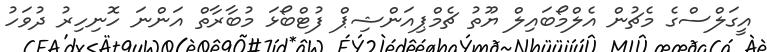
އީގަލްސްގެ މެޗުން އެލްމޯބައިލް ޔޫތު ޗެމްޕިއަންޝިޕް ފުޓްބޯޅަ މުބާރާތް އަންނަ ހޮނިހިރު ދުވަހު